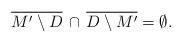
LaTeX: \begin{align*}\overline{M'\setminus D} \, \cap \, \overline {D\setminus M'}=\emptyset.\end{align*}